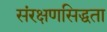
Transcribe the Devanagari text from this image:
संरक्षणसिद्धता